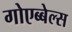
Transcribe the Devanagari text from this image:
गोएब्बेल्स